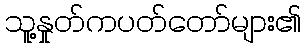
သူ့နှုတ်ကပတ်တော်များ၏